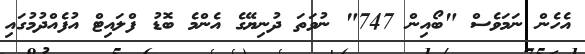
އެހެން ނަމަވެސް "ބޯއިން 747" ނުވަތަ ދުނިޔޭގެ އެންމެ ބޮޑު ފްލައިޓް އުފެއްދުމުގައި